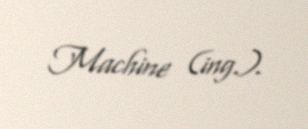
Machine (ing.).